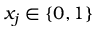
x _ { j } \in \{ 0 , 1 \}